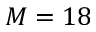
M = 1 8